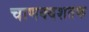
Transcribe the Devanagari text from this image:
चाणक्यशतक